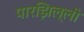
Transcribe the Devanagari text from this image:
पारझिल्ली